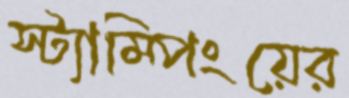
স্ট্যাম্পিংয়ের